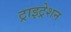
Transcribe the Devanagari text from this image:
ट्राइट्रेशन